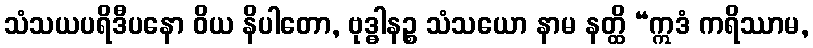
သံသယပရိဒီပနော ဝိယ နိပါတော, ဗုဒ္ဓါနဉ္စ သံသယော နာမ နတ္ထိ “ဣဒံ ကရိဿာမ,